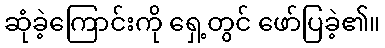
ဆုံခဲ့ကြောင်းကို ရှေ့တွင် ဖော်ပြခဲ့၏။